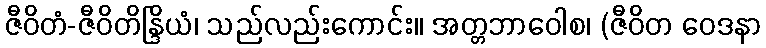
ဇီဝိတံ-ဇီဝိတိန္ဒြိယံ၊ သည်လည်းကောင်း။ အတ္တဘာဝေါစ၊ (ဇီဝိတ ဝေဒနာ